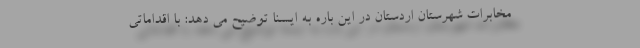
مخابرات شهرستان اردستان در این باره به ایسنا توضیح می دهد: با اقداماتی